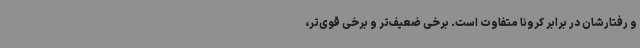
و رفتارشان در برابر کرونا متفاوت است. برخی ضعیف‌تر و برخی قوی‌تر،